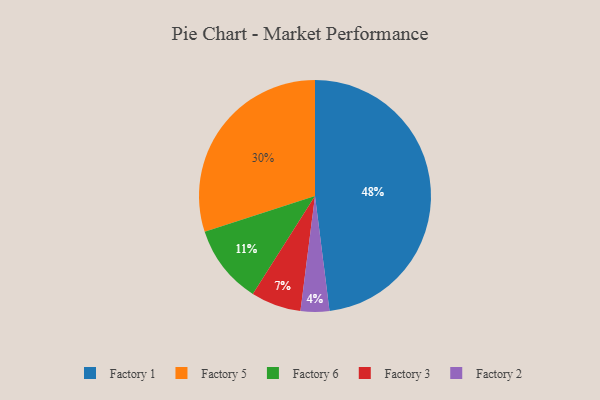
{"axis": {"x": "Category", "y": "Percentage"}, "legend": ["Factory 1", "Factory 2", "Factory 3", "Factory 5", "Factory 6"], "data": [{"x": "Factory 6", "y": 11, "type": "Factory 6"}, {"x": "Factory 2", "y": 4, "type": "Factory 2"}, {"x": "Factory 3", "y": 7, "type": "Factory 3"}, {"x": "Factory 5", "y": 30, "type": "Factory 5"}, {"x": "Factory 1", "y": 48, "type": "Factory 1"}]}